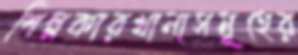
শিল্পকারখানাসমূহের